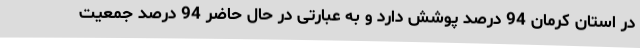
در استان کرمان 94 درصد پوشش دارد و به عبارتی در حال حاضر 94 درصد جمعیت